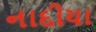
નાદીયા